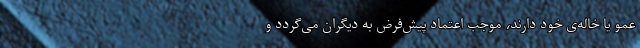
عمو یا خاله‌ی خود دارند، موجب اعتماد پیش‌فرض به دیگران می‌گردد و